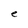
Character: e